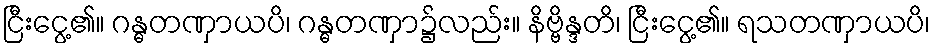
ငြီးငွေ့၏။ ဂန္ဓတဏှာယပိ၊ ဂန္ဓတဏှာ၌လည်း။ နိဗ္ဗိန္ဒတိ၊ ငြီးငွေ့၏။ ရသတဏှာယပိ၊